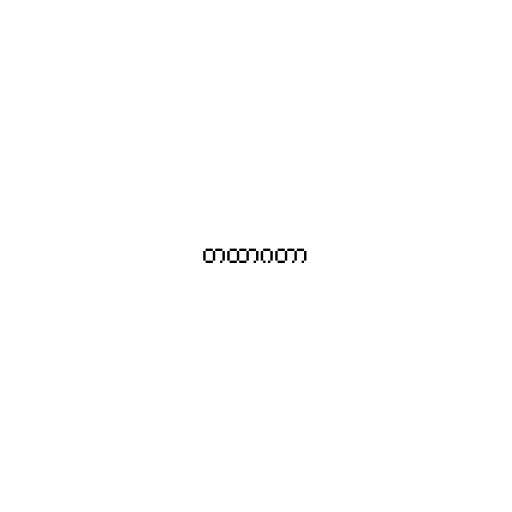
တထာဂတာ